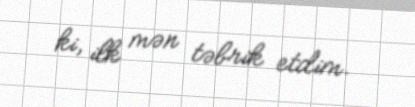
ki, ilk mən təbrik etdim.